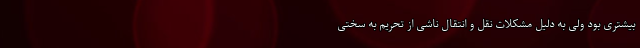
بیشتری بود ولی به دلیل مشکلات نقل و انتقال ناشی از تحریم به سختی